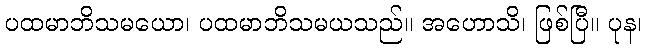
ပထမာဘိသမယော၊ ပထမာဘိသမယသည်။ အဟောသိ၊ ဖြစ်ပြီ။ ပုန၊